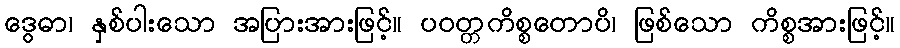
ဒွေဓာ၊ နှစ်ပါးသော အပြားအားဖြင့်။ ပဝတ္တကိစ္စတောပိ၊ ဖြစ်သော ကိစ္စအားဖြင့်။